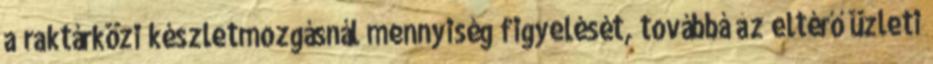
a raktárközi készletmozgásnál mennyiség figyelését, továbbá az eltérő üzleti